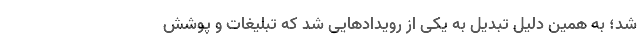
شد؛ به همین دلیل تبدیل به یکی از رویدادهایی شد که تبلیغات و پوشش